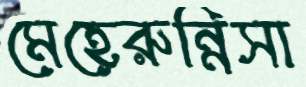
মেহেরুন্নিসা